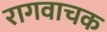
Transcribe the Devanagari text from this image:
रागवाचक